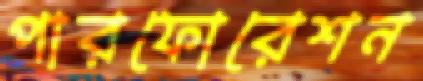
পারফোরেশন